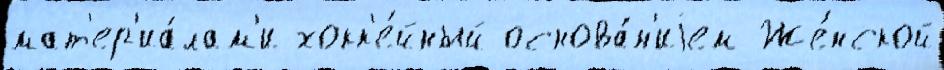
мат'ер'иа́лам'и хокк'е́йный основа́н'иjем Же́нской